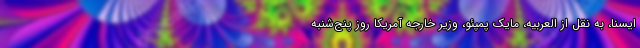
ایسنا، به نقل از العربیه، مایک پمپئو، وزیر خارجه آمریکا روز پنج‌شنبه